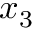
x _ { 3 }